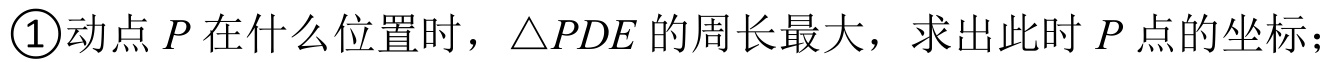
\textcircled{1}动点\(P\)在什么位置时，\(\triangle PDE\)的周长最大，求出此时\(P\)点的坐标；